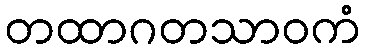
တထာဂတသာဝကံ